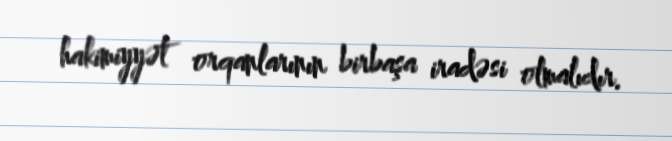
hakimiyyət orqanlarının birbaşa iradəsi olmalıdır.